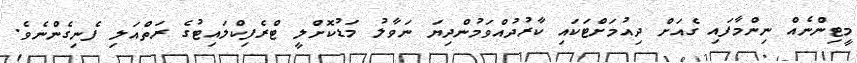
މީޓިންނެއް ނިންމާފައި ގެއަށް ދިއުމަށްޓަކައި ކާރުދުއްވަމުންދިޔަ ނަވާލު މަޑުކޮށްލީ ޓްރެފިކްލައިޓުގެ ރަތްއަލި ފެނިގެންނެވެ.